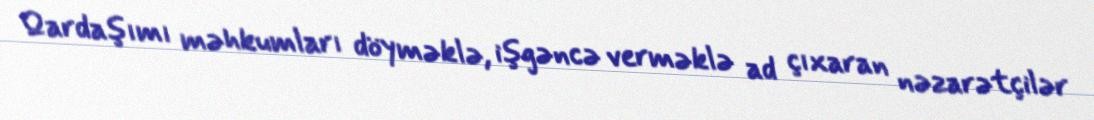
Qardaşımı məhkumları döyməklə, işgəncə verməklə ad çıxaran nəzarətçilər